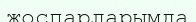
жоспарларымда